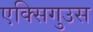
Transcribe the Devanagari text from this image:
एक्सिगुउस